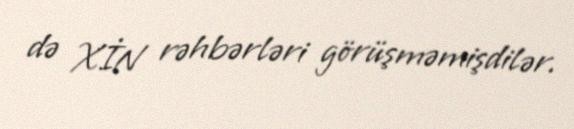
də XİN rəhbərləri görüşməmişdilər.